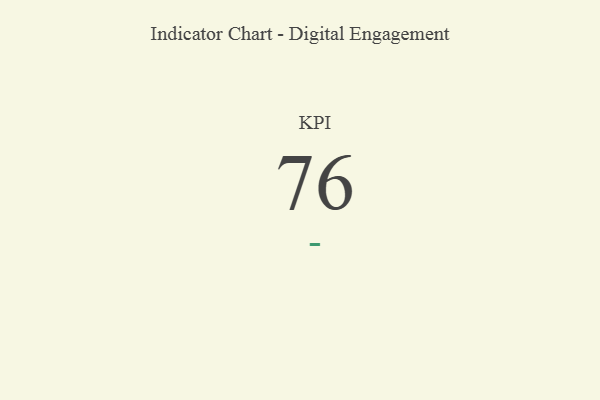
{"axis": {"x": "KPI", "y": "Value"}, "legend": [""], "data": [{"x": "KPI", "y": 76, "type": ""}]}